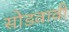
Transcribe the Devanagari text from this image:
सोडवावी